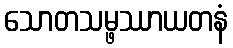
သောတသမ္ဖဿာယတနံ